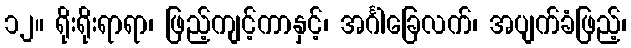
၁၂။ ရိုးရိုးရာရာ၊ ဖြည့်ကျင့်ကာနှင့်၊ အင်္ဂါခြေလက်၊ အပျက်ခံဖြည့်၊